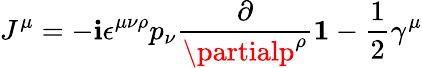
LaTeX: J^{\mu}=-\mathbf{i}\epsilon^{\mu\nu\rho}p_{\nu}{\frac{{\partial}}{{\partialp^{\rho}}}}{\mathbf{1}}-\frac{{1}}{{2}}\gamma^{\mu}